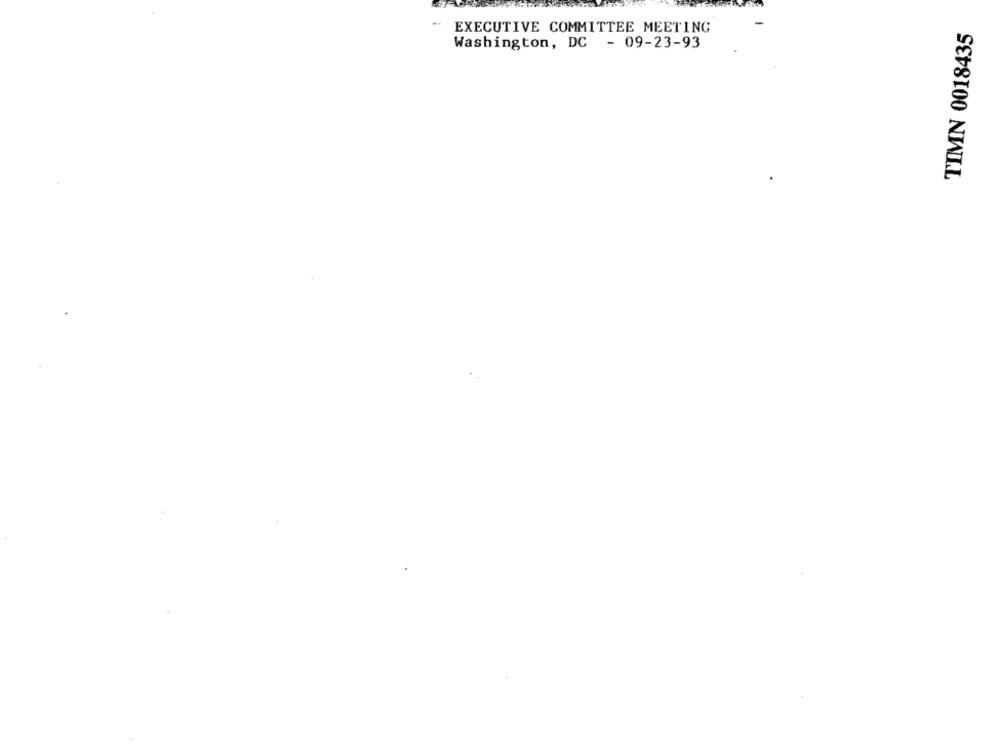
..
EXECUTIVE COMMITTEE MEETING
TIMN 0018435
Washington, DC - 09-23-93